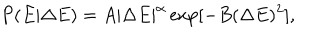
LaTeX: P ( E | \Delta E ) = A | \Delta E | ^ { \alpha } \exp [ - B ( \Delta E ) ^ { 2 } ] ,